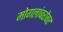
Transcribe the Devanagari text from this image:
मोगलांबरोबर